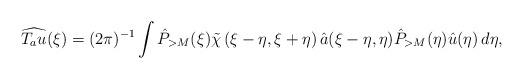
LaTeX: \begin{align*} \widehat{T_au}(\xi)=(2\pi)^{-1}\int \hat{P}_{>M}(\xi)\tilde \chi\left(\xi - \eta, \xi + \eta \right) \hat{a}(\xi-\eta,\eta)\hat{P}_{>M}(\eta)\hat{u}(\eta)\,d\eta,\end{align*}